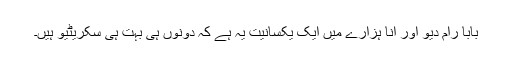
بابا رام دیو اور انا ہزارے میں ایک یکسانیت یہ ہے کہ دونوں ہی بہت ہی سکریٹیو ہیں۔